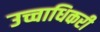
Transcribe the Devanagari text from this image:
उच्चाधिकरी